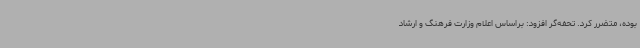
بوده، متضرر کرد. تحفه‌گر افزود: براساس اعلام وزارت فرهنگ و ارشاد